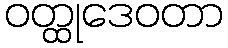
ဝတ္ထုဒေဝတာ